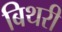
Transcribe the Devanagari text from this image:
बिथरी